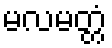
မလမတ္တံ